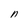
Character: n